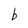
Character: b